Report of the Indian Hemp Drugs Commission, 1894-1895 - Volume VI
Year: 1894
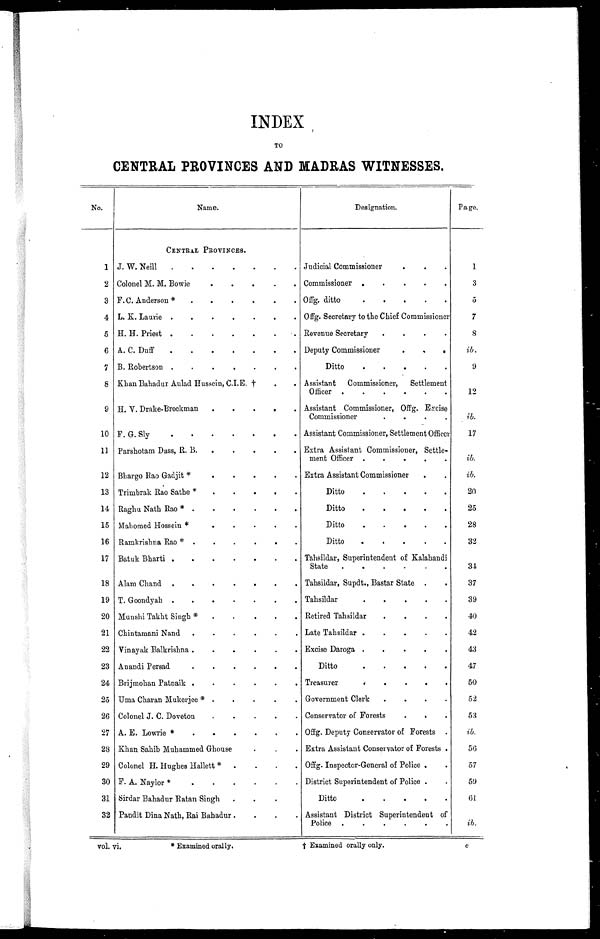
vol. vi.
*Examined orally
† E x a m i n e d o r a l l y o n l y .
INDEX
TO
CENTRAL PROVINCES AND MADRAS WITNESSES.
No.
Name.
Designation.
Page.
CENTRAL PROVINCES.
1
J. W. Neill . . . Judicial Commissioner . . .
1
2 Colonel M. M. Bowie . . . Commissioner . . .
3
3 F. C. Anderson *.
.
. Offg. ditto. . . .
5
4 L. K. Laurie . . . Offg. Secretary to the Chief Commissioner
7
5 H. H. Priest . . . Revenue Secretary . . .
8
6 A. C. Duff . . . Deputy Commissioner
ib.
7 B. Robertson . . .
Ditto . . .
9
8 Khan Bahadur Aulad Hussein, C.I.E. † . . . Assistant Commissioner, Settlement
Officer . . .
12
9 H. V. Drake-Brockman . . . Assistant Commissioner, Offg.
Commissioner . . .
ib.
10 F. G. Sly . . . Assistant Commissioner, Settlement Officer
17
11 Parsĥotam Dass, R. B. . . . Extra Assistant Commissioner, Settle -
ment Officer . . .
ib.
12 Bhargo Rao Gadjit . .
.
Extra Assistant Commissioner. . . .
ib.
13 Trimbrak Rao Sathe . .
.
Ditto . . .
20
14 Raghu Nath Rao . . .
Ditto . . .
25
15 Mahomed Hossein . . .
Ditto . . .
28
16 Ramkrishna Rao . . .
Ditto . . .
32
17 Batuk Bharti . . .
Tahsildar, Superintendent of Kalahandi
State . . .
34
18 Alam Chand . . .
Tahsildar, Supdt., Bastar State . . .
37
19 T. Goondyah . . .
T a h s i l d a r . . .
39
20 Munshi Tahht Singh * . . .
Retired Tahsildar . . .
40
21 Chintamani Nand . . .
Late Tahsildar . . .
42
22 Vinayak Balkrishna . . .
Excise Daroga . . .
43
23 An andi P ersad . . .
Ditto . . .
47
24 Brijmohan Patnaik . . .
Treasurer . . .
50
25 Uma Charan Mukerjee *. . .
Government Clerk . . .
52
26 Colonel J. C. Doveton . . . Conservator of Forests . . .
53
27 A. E. Lowrie *
.
.
. Offg. Deputy Conservator of Forests . . .
i b
28 Khan Sahib Muhammed Ghouse . . .
Extra Assistant Conservator of Forests .
56
29 Colonel H. Hughes Hallett * . . .
Offg. Inspector-General of Police . .
57
30 F. A. Naylor * . . .
District Superintendent of Police . .
59
31 Sirdar Bahadur Ratan Singh . . .
Ditto . . .
61
32 Pandit Dina Nath, Rai Bahadur . . .
Assistant District Superintendent of
Police. . ..
ib.